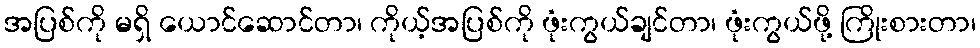
အပြစ်ကို မရှိ ယောင်ဆောင်တာ၊ ကိုယ့်အပြစ်ကို ဖုံးကွယ်ချင်တာ၊ ဖုံးကွယ်ဖို့ ကြိုးစားတာ၊